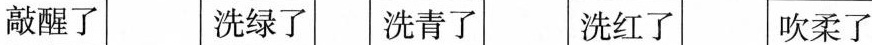
敲醒了 洗绿了 洗青了 洗红了 吹柔了